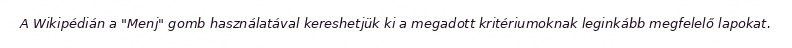
A Wikipédián a "Menj" gomb használatával kereshetjük ki a megadott kritériumoknak leginkább megfelelő lapokat.